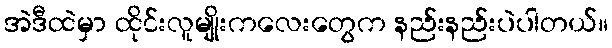
အဲဒီထဲမှာ ထိုင်းလူမျိုးကလေးတွေက နည်းနည်းပဲပါတယ်။